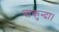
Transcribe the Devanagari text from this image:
चाकुन्दा।